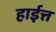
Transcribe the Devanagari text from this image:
हाईत्त